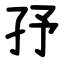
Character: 㜿